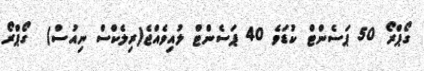
ގޯޕްރޯ 50 ޕަސެންޓް ކުޑަވެ 40 ޕަސެންޓް ލުއިވެއްޖެ(ރިލެކްސް ނިއުސް)  ގޯޕްރޯ